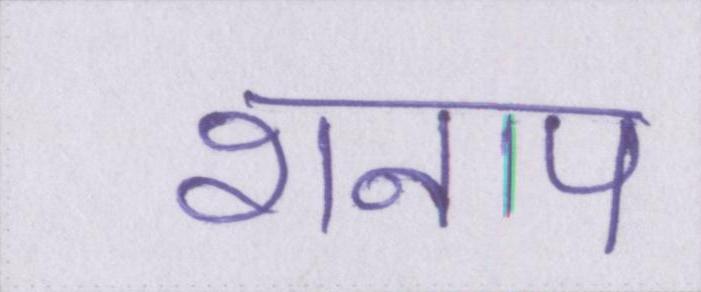
शनाप